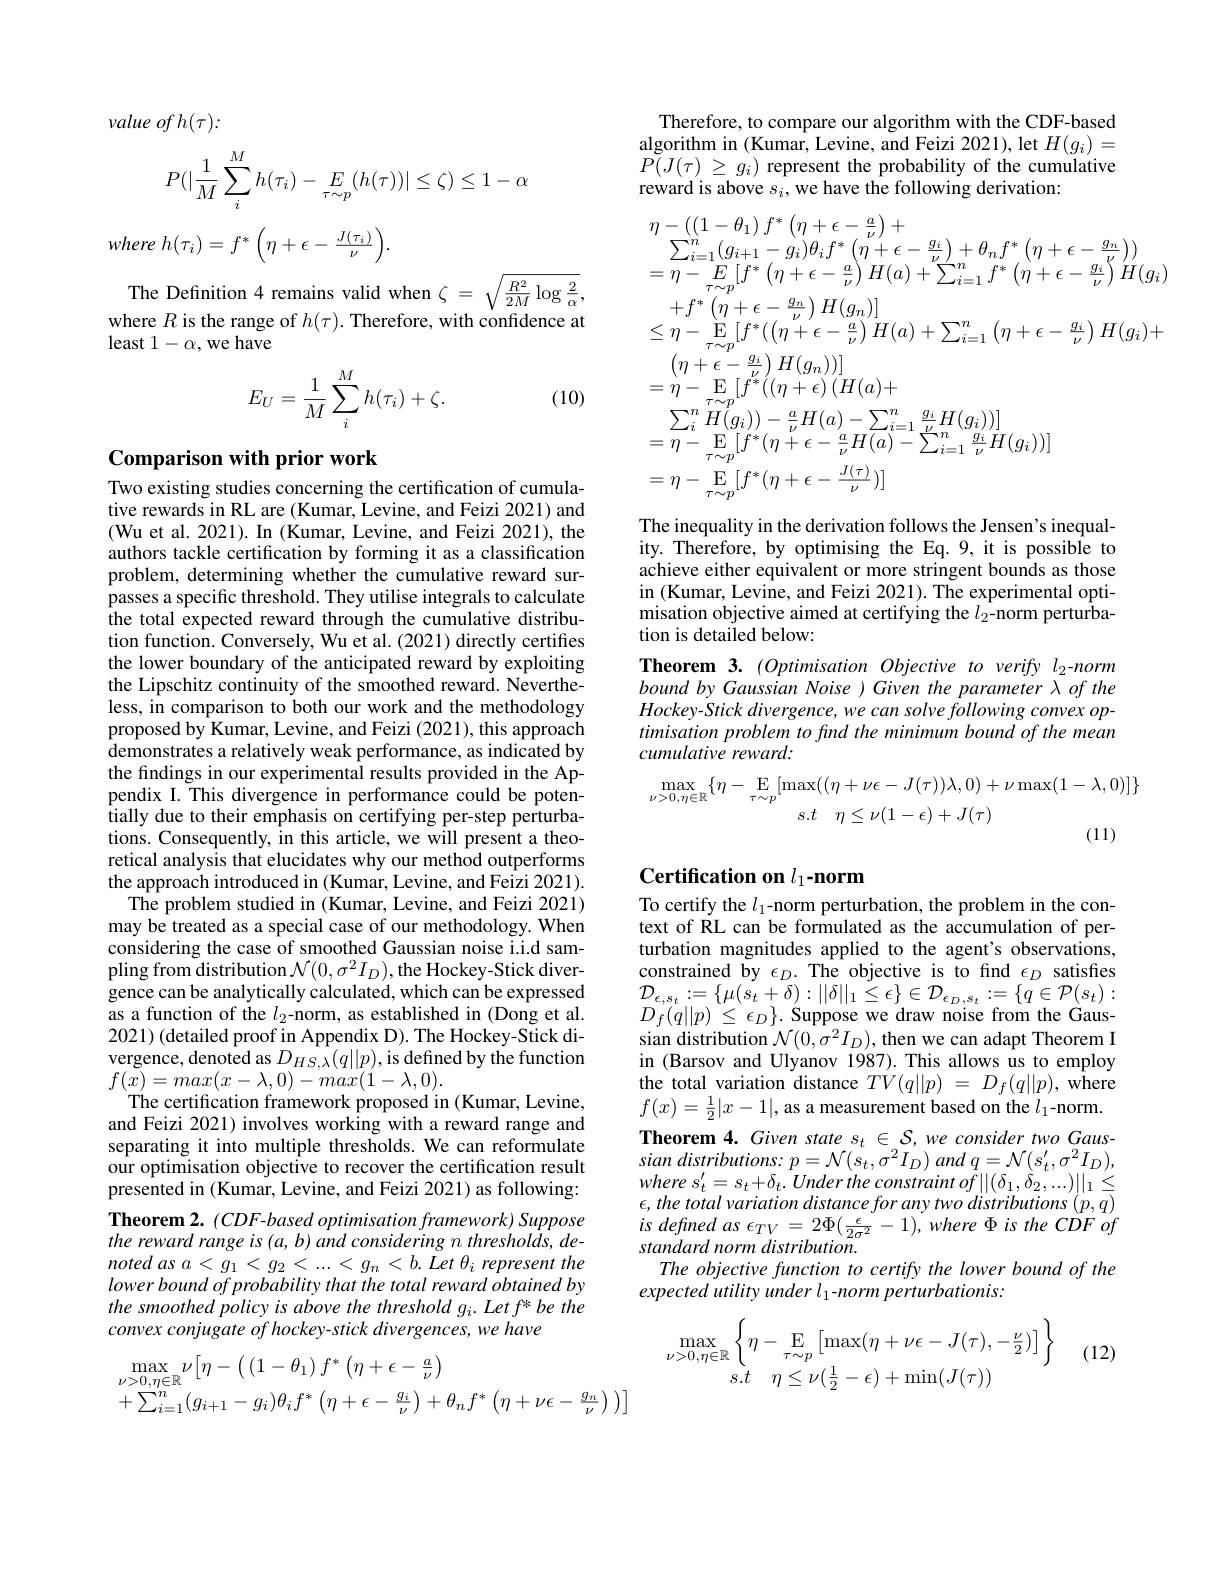
value of h(τ):
$$P(|\dfrac{1}{M}\sum_i^Mh(\tau_i)-\underset{\tau\sim p}{E}(h(\tau))|\leq\zeta)\leq1-\alpha $$
where $h( \tau _{i}) = f^{* }\left ( \eta + \epsilon - \frac {J( \tau _{i}) }\nu \right ) .$

The Definition 4 remains valid when $\zeta=\sqrt{\frac{R^{2}}{2M}\log\frac{2}{\alpha}}$,where $R$ is the range of $h(\tau).$ Therefore, with confidence at
least $1-\alpha$,we have
$$\begin{aligned}E_U=\frac{1}{M}\sum_i^Mh(\tau_i)+\zeta.\end{aligned}$$
(10)

# Comparison with prior work

Two existing studies concerning the certification of cumulative rewards in RL are (Kumar, Levine, and Feizi 2021) and (Wu et al. 2021). In (Kumar, Levine, and Feizi 2021), the authors tackle certification by forming it as a classification problem, determining whether the cumulative reward surpasses a specific threshold. They utilise integrals to calculate the total expected reward through the cumulative distribution function. Conversely, Wu et al. (2021) directly certifies the lower boundary of the anticipated reward by exploiting the Lipschitz continuity of the smoothed reward. Nevertheless, in comparison to both our work and the methodology proposed by Kumar, Levine, and Feizi (2021), this approach demonstrates a relatively weak performance, as indicated by the findings in our experimental results provided in the Appendix I. This divergence in performance could be potentially due to their emphasis on certifying per-step perturbations. Consequently, in this article, we will present a theoretical analysis that elucidates why our method outperforms the approach introduced in (Kumar, Levine, and Feizi 2021).
The problem studied in (Kumar, Levine, and Feizi 2021) may be treated as a special case of our methodology. When considering the case of smoothed Gaussian noise i.i.d sampling from distribution $\mathcal{N}(0,\sigma^2I_D)$,the Hockey-Stick divergence can be analytically calculated, which can be expressed as a function of the $l_2$-norm, as established in (Dong et al. 2021)(detailed proof in Appendix D). The Hockey-Stick divergence, denoted as $D_{HS,\lambda}(q||p)$,is defined by the function $f(x)=max(x-\lambda,0)-max(1-\lambda,0).$
The certification framework proposed in (Kumar, Levine, and Feizi 2021) involves working with a reward range and separating it into multiple thresholds. We can reformulate our optimisation objective to recover the certification result presented in (Kumar, Levine, and Feizi 2021) as following: Theorem 2. $(CDF-basedoptimisationframework)$ Suppose the reward range is (a, b) and considering n thresholds, de- $notedasa<g_{1}<g_{2}<...<g_{n}<b.\bar{L}et\theta_{i}$ represent the lower bound of probability that the total reward obtained by the smoothed policy is above the threshold gi. Let f* be the convex conjugate of hockey-stick divergences, we have
$$\begin{aligned}&\max_{\nu>0,\eta\in\mathbb{R}}\nu\left[\eta-\left(\left(1-\theta_{1}\right)f^{*}\left(\eta+\epsilon-\frac{a}{\nu}\right)\right)\right]\\&+\sum_{i=1}^{n}(g_{i+1}-g_{i})\theta_{i}f^{*}\left(\eta+\epsilon-\frac{g_{i}}{\nu}\right)+\theta_{n}f^{*}\left(\eta+\nu\epsilon-\frac{g_{n}}{\nu}\right))\end{aligned}$$
Therefore, to compare our algorithm with the CDF-based algorithm in (Kumar, Levine, and Feizi 2021), let $H(g_{i})=$ $\tilde{P(J(\tau)\:\geq\:g_{i})\:\text{represent the probability of the cumulative}}$ reward is above $s_i$,we have the following derivation
$$\begin{aligned}&\eta-\left(\left(1-\theta_{1}\right)f^{*}\left(\eta+\epsilon-\frac{a}{\nu}\right)+\\&\sum_{i=1}^{n}\left(g_{i+1}-g_{i}\right)\theta_{i}f^{*}\left(\eta+\epsilon-\frac{g_{i}}{\nu}\right)+\theta_{n}f^{*}\left(\eta+\epsilon-\frac{g_{n}}{\nu}\right)\right)\\&=\eta-E_{\tau\sim p}[f^{*}\left(\eta+\epsilon-\frac{a}{\nu}\right)H(a)+\sum_{i=1}^{n}f^{*}\left(\eta+\epsilon-\frac{g_{i}}{\nu}\right)H(g_{i})\\&+f^{*}\left(\eta+\epsilon-\frac{g_{n}}{\nu}\right)H(g_{n})]\\&\leq\eta-\operatorname{E}_{\tau\sim p}[f^{*}\left(\left(\eta+\epsilon-\frac{a}{\nu}\right)H(a)+\sum_{i=1}^{n}\left(\eta+\epsilon-\frac{g_{i}}{\nu}\right)H(g_{i})+\\&\left(\eta+\epsilon-\frac{g_{i}}{\nu}\right)H(g_{n})\right]\\&=\eta-\operatorname{E}_{\tau\sim p}\left[f^{*}\left(\left(\eta+\epsilon\right)\right)\left(H(a)+\right)\\&\sum_{i}^{n}H(g_{i}))-\frac{a}{\nu}H(a)-\sum_{i=1}^{n}\frac{g_{i}}{\nu}H(g_{i}))]\\&=\eta-\operatorname{E}_{\tau\sim p}[f^{*}(\eta+\epsilon-\frac{a}{\nu}H(a)-\sum_{i=1}^{n}\frac{g_{i}}{\nu}H(g_{i}))]\\&=\eta-\operatorname{E}_{\tau\sim p}[f^{*}(\eta+\epsilon-\frac{J(\tau)}{\nu})]\\&=\eta-\operatorname{E}_{\tau\sim p}[f^{*}(\eta+\epsilon-\frac{J(\tau)}{\nu})]\\&=\eta-\operatorname{E}_{\tau\sim p}[f^{*}(\eta+\epsilon-\frac{J(\tau)}{\nu})]\\&=0.\text{ 一 }\text{ 一 }\text{ 一 }\text{ 一 }\text{ 一 }\text{ 一 }\text{ 一 }\text{ 一 }\text{ 一 }\text{ 一 }\text{ 一 }\text{ 一 }\text{ 一 }\text{ 一 }\text{ 一 }\text{ 一 }\text{ 一 }\text{ 一 }\text{ }\text{ 一 }\text{ 一 }\text{ }\text{ 一 }\text{ }\text{ 一 }\text{ }\text{ 一 }\text{ }\text{ 一 }\text{ }\text{ }\text{ 一 }\text{ }\text{ }\text{ 一 }\text{ }\text{ }\text{ 一 }\text{ }\text{ }\text{ }\text{ }\text{ }\text{ }\text{ }\text{ }\text{ }\text{ }\text{ }\text{ }\text{ }\text{ }\text{ }\text{ }\text{ }\text{ }\text{ }\text{ }\text{ }\text{ }\text{ }\text{ }\text{ }\text{ }\text{ }\text{ }\text{ }\text{ }\text{ }\text{ }\text{ }\text{ }\text{ }\text{ }\text{ }\text{ }\text{ }\text{ }\text{ }\text{ }\text{ }\text{ }\text{ }\text{ }\text{ }\text{ }\text{ }\text{ }\text{ }\text{ }\text{ }\text{ }\text{ }\text{ }\text{ }\text{ }\text{ }\text{ }\text{ }\text{ }\text{ }\text{ }\text{ }\text{ }$$
The inequality in the derivation follows the Jensen's inequality. Therefore, by optimising the Eq. 9, it is possible to achieve either equivalent or more stringent bounds as those in (Kumar, Levine, and Feizi 2021). The experimental optimisation objective aimed at certifying the $l_{2}$-norm perturbation is detailed below:
Theorem 3. (Optimisation Objective to verify le-norm bound by Gaussian Noise ) Given the parameter λof the Hockey- Stick divergence, we can solve following convex optimisation problem to find the minimum bound of the mean cumulative reward:
$$\begin{aligned}\max_{\nu>0,\eta\in\mathbb{R}}\{\eta-\underset{\tau\sim p}{\mathop{\mathrm{E}}}[\max((\eta+\nu\epsilon-J(\tau))\lambda,0)+\nu\max(1-\lambda,0)]\}\\s.t\quad\eta\leq\nu(1-\epsilon)+J(\tau)\end{aligned}$$
# Certification on $l_{1}$-norm

To certify the $l_1$-norm perturbation, the problem in the context of RL can be formulated as the accumulation of perturbation magnitudes applied to the agent's observations, constrained by $\epsilon_D.$ The objective is to find $\epsilon_D$ satisfes $\begin{array}{l}{\mathcal{D}_{\epsilon,s_{t}}:=\{\mu(s_{t}+\delta):||\delta||_{1}\leq\epsilon\}\in\mathcal{D}_{\epsilon_{D},s_{t}}:=\{q\in\mathcal{P}(s_{t}):}\\{D_{f}(q||p)\leq\epsilon_{D}\}.\mathrm{~Suppose~we~draw~noise~from~the~Gaus-}}\end{array}$ sian distribution $\mathcal{N}(0,\sigma^{2}I_{D})$, then we can adapt Theorem I in (Barsov and Ulyanov 1987). This allows us to employ the total variation distance $TV(q||p)~=~D_{f}(q||p),~\tilde{\mathrm{where}}$ $f(x)=\frac{1}{2}|x-1|$, as a measurement based on the $l_1$-norm. Theorem 4. Given state $s_t\in\mathcal{S}$, we consider two Gaussian $distributions: p= \mathcal{N} ( s_{t}, \sigma ^{2}I_{D})$ and $q= \mathcal{N} ( s_{t}^{\prime }, \sigma ^{2}I_{D}) $, where $s_{t}^{\prime }= s_{t}+ \delta _{t}.$ Under the constraint $of| | ( \delta _{1}, \delta _{2}, . . . ) | | _{1}\leq$ $\epsilon , the$ total variation distance for any two distributions $( p, q)$ $is$ defned $as$ $\epsilon _{TV}$ = $2\Phi ( \frac \epsilon {}$ standard norm distribution.
The objective function to certify the lower bound of the
expected utility under l 1-norm perturbationis:

(12)
$$\max\limits_{\nu>0,\eta\in\mathbb{R}}\left\{\eta-\mathop{\mathop{\mathrm{E}}}\limits_{\tau\sim p}\left[\max(\eta+\nu\epsilon-J(\tau),-\frac{\nu}{2})\right]\right\}\\s.t\quad\eta\leq\nu(\frac{1}{2}-\epsilon)+\min(J(\tau))$$